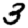
Digit: 3